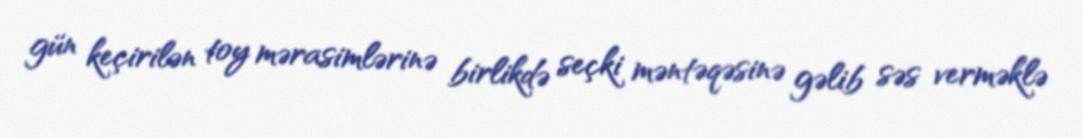
gün keçirilən toy mərasimlərinə birlikdə seçki məntəqəsinə gəlib səs verməklə